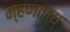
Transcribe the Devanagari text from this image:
म्हणताय्